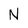
Character: N